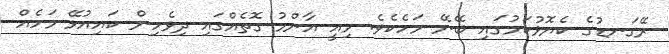
ރޭގަނޑުގެ ކެޔޮޅުކަމުގައި ބޭނޭ މަހެކެވެ. މިއީ އާންމު ގޮތެއްގައި ދިވެހިން ކައިއުޅޭ މަހެއް